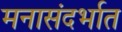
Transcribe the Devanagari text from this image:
मनासंदर्भात